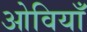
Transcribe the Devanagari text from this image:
ओवियाँ